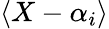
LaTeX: \langle X-\alpha_{i}\rangle